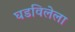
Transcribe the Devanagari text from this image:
घडविलेला